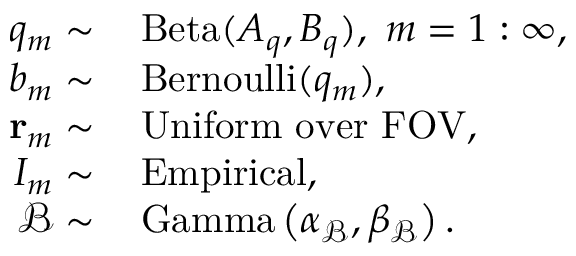
\begin{array} { r l } { q _ { m } \sim } & { \, \mathrm { B e t a } ( A _ { q } , B _ { q } ) , \, \, m = 1 : \infty , } \\ { b _ { m } \sim } & { \, \mathrm { B e r n o u l l i } ( q _ { m } ) , } \\ { \mathbf { r } _ { m } \sim } & { \, \mathrm { U n i f o r m \, \, o v e r \, \, F O V } , } \\ { I _ { m } \sim } & { \, \mathrm { E m p i r i c a l } , } \\ { \mathcal { B } \sim } & { \, \mathrm { G a m m a } \left( \alpha _ { \mathcal { B } } , \beta _ { \mathcal { B } } \right) . } \end{array}